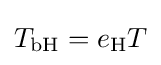
T_{\text{bH}}=e_{\text{H}}T